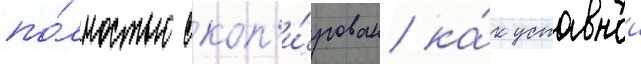
по́лностью скоп'и́рован ка́к уставнои